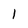
Character: 1